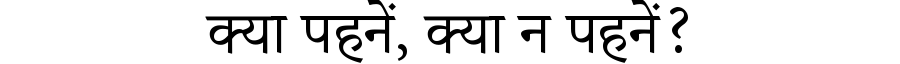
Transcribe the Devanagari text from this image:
क्या पहनें, क्या न पहनें?